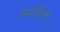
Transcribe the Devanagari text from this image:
स्वर्धिम